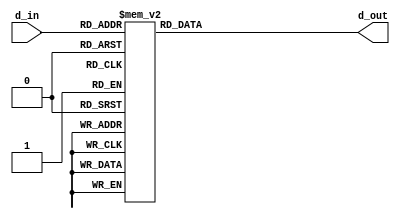
`timescale 1ns/1ps

module dec_4to16(input [3:0] d_in, output reg [15:0] d_out);

	parameter one_hot = 16'b0000000000000001;

	always @(*) begin
		case (d_in)
		4'd0:	d_out = ~one_hot;
		4'd1:   d_out = ~(one_hot << 1);
		4'd2:   d_out = ~(one_hot << 2);
		4'd3:   d_out = ~(one_hot << 3);
		4'd4:   d_out = ~(one_hot << 4);
		4'd5:   d_out = ~(one_hot << 5);
		4'd6:   d_out = ~(one_hot << 6);
		4'd7:   d_out = ~(one_hot << 7);
		4'd8:   d_out = ~(one_hot << 8);
		4'd9:   d_out = ~(one_hot << 9);
		4'd10:   d_out = ~(one_hot << 10);
		4'd11:   d_out = ~(one_hot << 11);
		4'd12:   d_out = ~(one_hot << 12);
		4'd13:   d_out = ~(one_hot << 13);
		4'd14:   d_out = ~(one_hot << 14);
		4'd15:   d_out = ~(one_hot << 15);
		default: d_out = ~16'b0;
		endcase
	end

endmodule